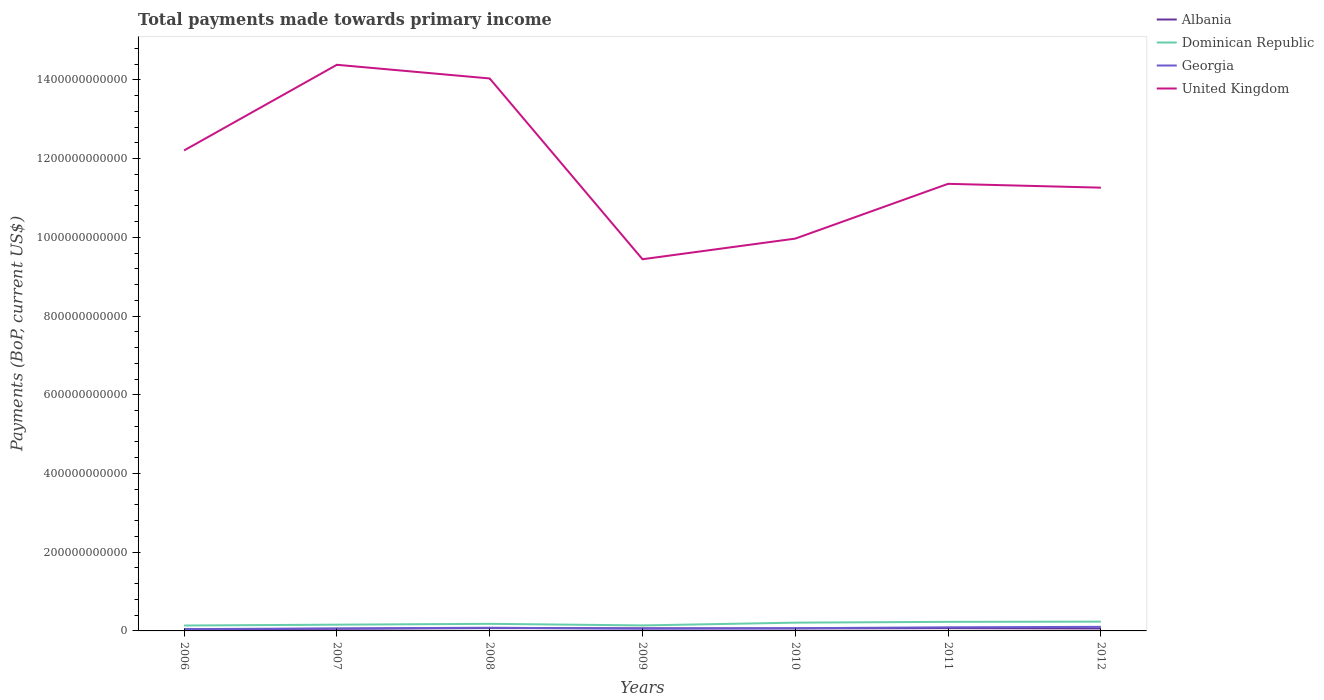
| Years | Albania | Dominican Republic | Georgia | United Kingdom |
 | --- | --- | --- | --- | --- |
 | 2006 | 4.14e+09 | 1.37e+10 | 4.56e+09 | 1.22e+12 |
 | 2007 | 5.43e+09 | 1.59e+10 | 6.32e+09 | 1.44e+12 |
 | 2008 | 7.15e+09 | 1.8e+10 | 8.11e+09 | 1.4e+12 |
 | 2009 | 6.6e+09 | 1.4e+10 | 5.78e+09 | 9.44e+11 |
 | 2010 | 6.28e+09 | 2.1e+10 | 6.89e+09 | 9.97e+11 |
 | 2011 | 7.01e+09 | 2.31e+10 | 9.17e+09 | 1.14e+12 |
 | 2012 | 6.19e+09 | 2.36e+10 | 1.04e+10 | 1.13e+12 |